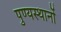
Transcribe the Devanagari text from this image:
पुण्यस्थानों